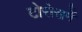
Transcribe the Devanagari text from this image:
टोरोसमें